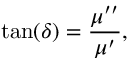
\tan ( \delta ) = { \frac { \mu ^ { \prime \prime } } { \mu ^ { \prime } } } ,